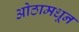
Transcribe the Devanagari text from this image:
ओठामधून